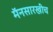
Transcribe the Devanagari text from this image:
मॅनसारखीच